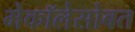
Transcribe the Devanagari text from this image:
मेकॉलेसोबत